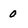
Character: 0